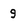
Character: 9